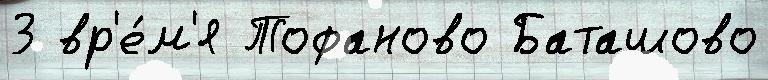
3 вр'е́м'я Тофаново Баташово